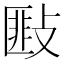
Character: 𢾻